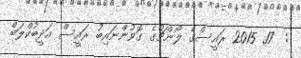
:  17